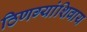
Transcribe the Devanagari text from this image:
ठिणग्यांशिवाय